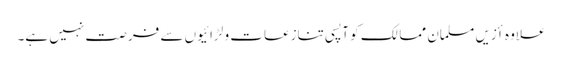
علاوہ أزیں مسلمان ممالک کو آپسی تنازعات و لڑائیوں سے فرصت نہیں ہے۔